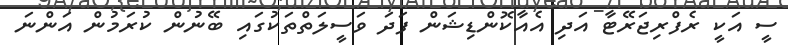
ސީ އަކީ ރެފްރިޖަރޭޓާ އަދި އެއާކޮންޑިޝަން ފަދަ ވަސީލަތްތަކުގައި ބޭނުން ކުރަމުން އަންނަ